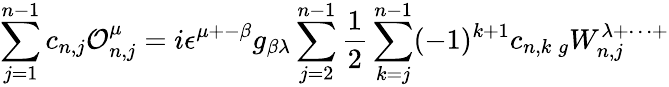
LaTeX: \sum_{j=1}^{n-1}c_{n,j}{\cal O}_{n,j}^{\mu}=i\epsilon^{\mu+-\beta}g_{\beta\lambda}\sum_{j=2}^{n-1}{\frac{1}{2}}\sum_{k=j}^{n-1}(-1)^{k+1}c_{n,k}\, _{g}W_{n,j}^{\lambda+\cdots+}